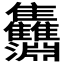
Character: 𩁵